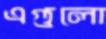
এগুলো